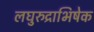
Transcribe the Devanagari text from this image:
लघुरुद्राभिषेक